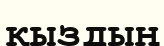
қыздың